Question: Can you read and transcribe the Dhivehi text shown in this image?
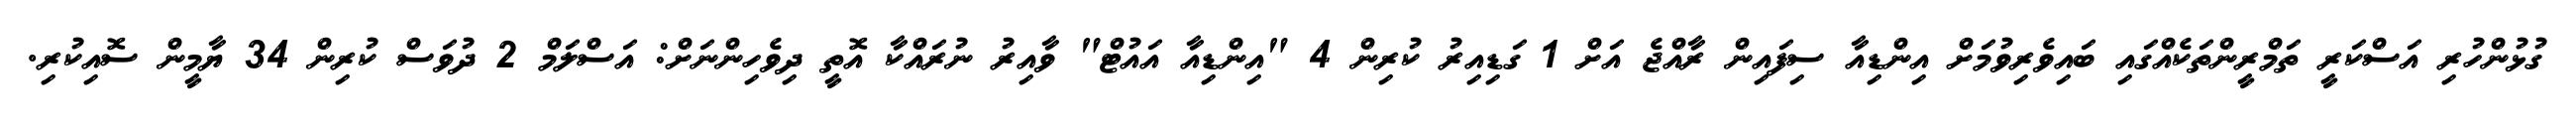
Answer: ގުޅުންހުރި އަސްކަރީ ތަމްރީންތަކެއްގައި ބައިވެރިވުމަށް އިންޑިއާ ސިފައިން ރާއްޖެ އަށް 1 ގަޑިއިރު ކުރިން 4 "އިންޑިއާ އައުޓް" ވާއިރު ނުރައްކާ އޮތީ ދިވެހިންނަށް: އަސްލަމް 2 ދުވަސް ކުރިން 34 ޔާމީން ސޮއިކުރި.